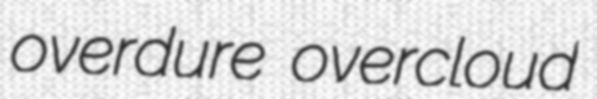
overdure overcloud